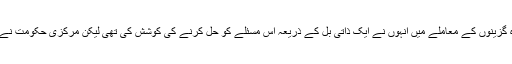
ڈاکٹر تھرور نے کہا کہ پناہ گزینوں کے معاملے میں انہوں نے ایک ذاتی بل کے ذریعہ اس مسئلے کو حل کرنے کی کوشش کی تھی لیکن مرکزی حکومت نے اس پر کوئی نوٹس نہیں لیا۔